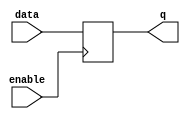
module enable_latch (
    input wire data,
    input wire enable,
    output reg q
);

always @ (posedge enable)
begin
    if(enable)
        q <= data;
end

endmodule